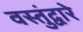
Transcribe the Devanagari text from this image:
वस्तुंद्वारे